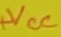
Text: +VCC